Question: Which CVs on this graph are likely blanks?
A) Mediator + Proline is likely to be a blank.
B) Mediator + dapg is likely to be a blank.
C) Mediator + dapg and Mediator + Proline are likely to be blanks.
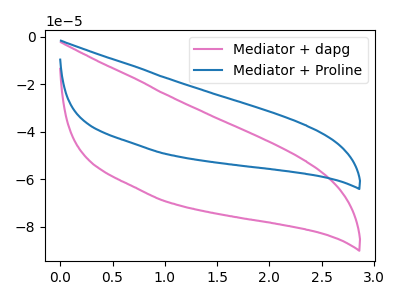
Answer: <think>The pink curve "Mediator + dapg" has no peaks. The blue curve "Mediator + Proline" has no peaks.</think>
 <answer>C) "Mediator + dapg" and "Mediator + Proline" are likely to be blanks.</answer>
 <eval>C</eval>